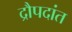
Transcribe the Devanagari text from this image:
द्रौपदांत